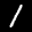
Label: 1